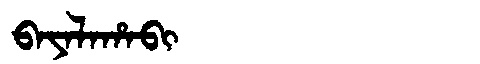
Manchu: ᠪᠠᠶᠠᠯᠠᡥᠠᠪᡳ
Romanization: BAYALAHABI